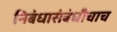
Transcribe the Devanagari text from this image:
निबंधासंबंधीचाच